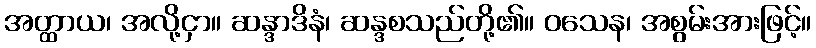
အတ္ထာယ၊ အလို့ငှာ။ ဆန္ဒာဒိနံ၊ ဆန္ဒစသည်တို့၏။ ဝသေန၊ အစွမ်းအားဖြင့်။